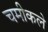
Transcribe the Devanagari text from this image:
चमीकले